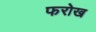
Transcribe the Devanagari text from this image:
फरोख